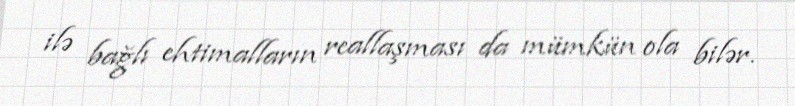
ilə bağlı ehtimalların reallaşması da mümkün ola bilər.